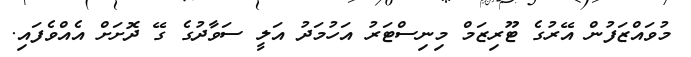
މުވައްޒަފުން އޭރުގެ ޓޫރިޒަމް މިނިސްޓަރު އަހުމަދު އަލީ ސަވާދުގެ ގޭ ދޮށަށް އެއްވެފައި.